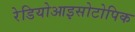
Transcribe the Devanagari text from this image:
रेडियोआइसोटोपिक